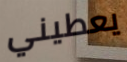
يعطيني